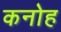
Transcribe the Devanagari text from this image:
कनोह